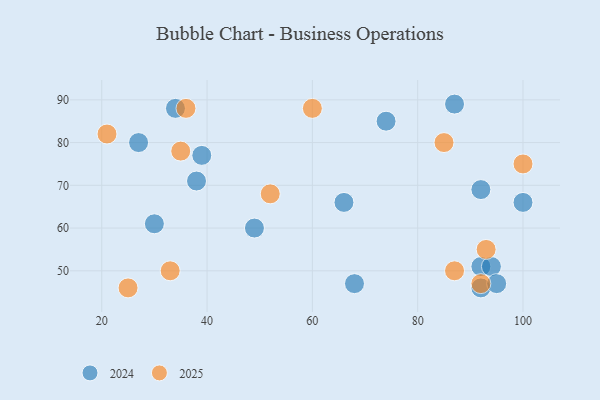
{"axis": {"x": "GDP", "y": "Life Expectancy"}, "legend": ["2024", "2025"], "data": [{"x": "68", "y": 47, "type": "2024"}, {"x": "34", "y": 88, "type": "2024"}, {"x": "30", "y": 61, "type": "2024"}, {"x": "38", "y": 71, "type": "2024"}, {"x": "92", "y": 51, "type": "2024"}, {"x": "92", "y": 46, "type": "2024"}, {"x": "74", "y": 85, "type": "2024"}, {"x": "100", "y": 66, "type": "2024"}, {"x": "94", "y": 51, "type": "2024"}, {"x": "27", "y": 80, "type": "2024"}, {"x": "95", "y": 47, "type": "2024"}, {"x": "66", "y": 66, "type": "2024"}, {"x": "49", "y": 60, "type": "2024"}, {"x": "87", "y": 89, "type": "2024"}, {"x": "39", "y": 77, "type": "2024"}, {"x": "92", "y": 69, "type": "2024"}, {"x": "87", "y": 50, "type": "2025"}, {"x": "36", "y": 88, "type": "2025"}, {"x": "21", "y": 82, "type": "2025"}, {"x": "60", "y": 88, "type": "2025"}, {"x": "25", "y": 46, "type": "2025"}, {"x": "93", "y": 55, "type": "2025"}, {"x": "100", "y": 75, "type": "2025"}, {"x": "92", "y": 47, "type": "2025"}, {"x": "85", "y": 80, "type": "2025"}, {"x": "33", "y": 50, "type": "2025"}, {"x": "35", "y": 78, "type": "2025"}, {"x": "52", "y": 68, "type": "2025"}]}